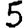
Digit: 5